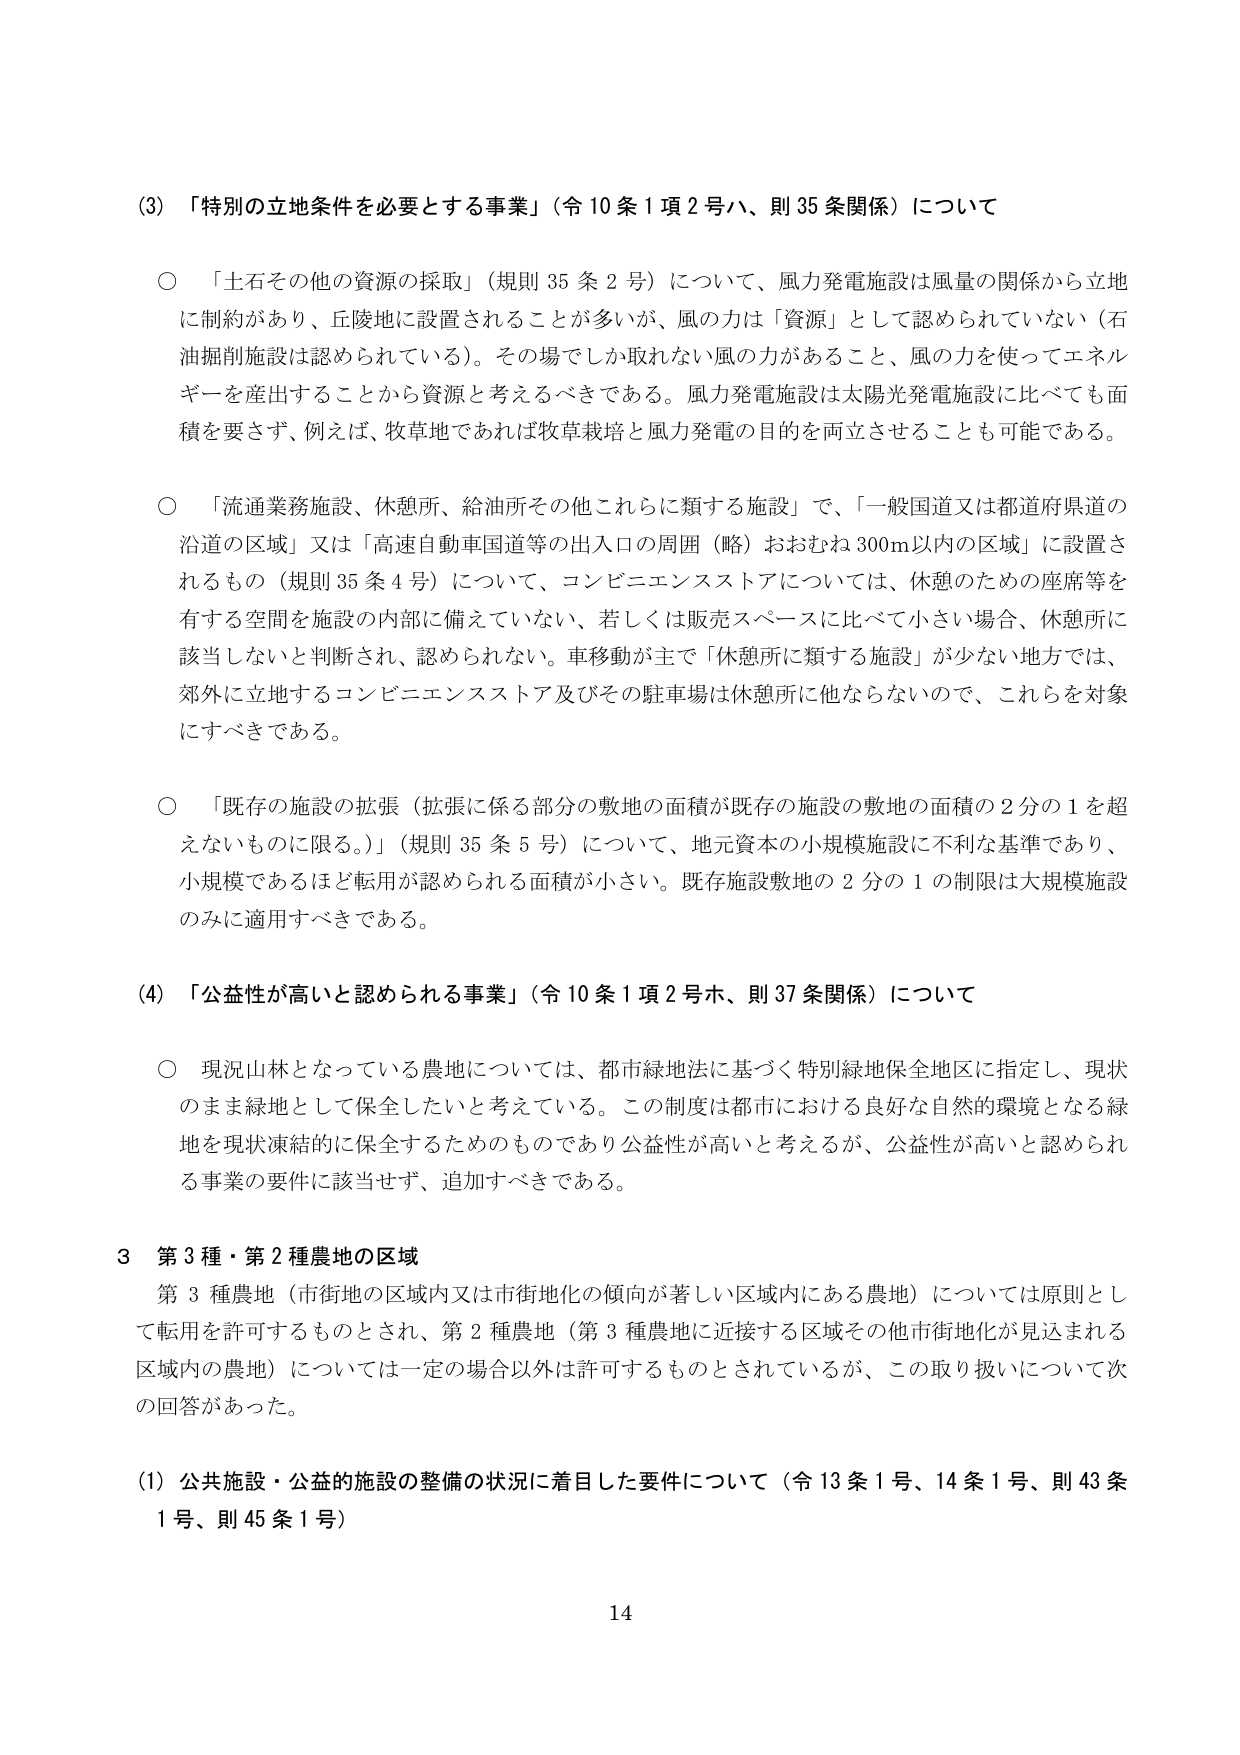
(3) 「特別の立地条件を必要とする事業」（令10条1項2号ハ、則35条関係）について

○ 「土石その他の資源の採取」（規則35条2号）について、風力発電施設は風量の関係から立地に制約があり、丘陵地に設置されることが多いが、風の力は「資源」として認められていない（石油掘削施設は認められている）。その場でしか取れない風の力があること、風の力を使ってエネルギーを産出することから資源と考えるべきである。風力発電施設は太陽光発電施設に比べても面積を要さず、例えば、牧草地であれば牧草栽培と風力発電の目的を両立させることも可能である。

○ 「流通業務施設、休憩所、給油所その他これらに類する施設」で、「一般国道又は都道府県道の沿道の区域」又は「高速自動車国道等の出入口の周囲（略）おおむね300m以内の区域」に設置されるもの（規則35条4号）について、コンビニエンスストアについては、休憩のための座席等を有する空間を施設の内部に備えていない、若しくは販売スペースに比べて小さい場合、休憩所に該当しないと判断され、認められない。車移動が主で「休憩所に類する施設」が少ない地方では、郊外に立地するコンビニエンスストア及びその駐車場は休憩所に他ならないので、これらを対象にすべきである。

○ 「既存の施設の拡張（拡張に係る部分の敷地の面積が既存の施設の敷地の面積の2分の1を超えないものに限る。）」（規則35条5号）について、地元資本の小規模施設に不利な基準であり、小規模であるほど転用が認められる面積が小さい。既存施設敷地の2分の1の制限は大規模施設のみに適用すべきである。

(4) 「公益性が高いと認められる事業」（令10条1項2号ホ、則37条関係）について

○ 現況山林となっている農地については、都市緑地法に基づく特別緑地保全地区に指定し、現状のまま緑地として保全したいと考えている。この制度は都市における良好な自然的環境となる緑地を現状凍結的に保全するためのものであり公益性が高いと考えるが、公益性が高いと認められる事業の要件に該当せず、追加すべきである。

3 第3種・第2種農地の区域

第3種農地（市街地の区域内又は市街地化の傾向が著しい区域内にある農地）については原則として転用を許可するものとされ、第2種農地（第3種農地に近接する区域その他市街地化が見込まれる区域内の農地）については一定の場合以外は許可するものとされているが、この取り扱いについて次の回答があった。

(1) 公共施設・公益的施設の整備の状況に着目した要件について（令13条1号、14条1号、則43条1号、則45条1号）

14